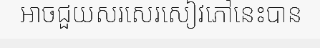
អាចជួយសរសេរសៀវភៅនេះបាន